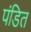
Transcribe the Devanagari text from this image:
पंडित